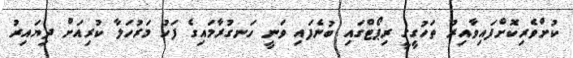
ކުށްވެރިކޮށްފައިވާއިރު ތަހުގީގީ ރިޕޯޓްގައި ބުނެފައި ވަނީ ހަނގުރާމައިގެ ފަހު މަރުހަލާ ކުރިއަށް ދިޔައިރު